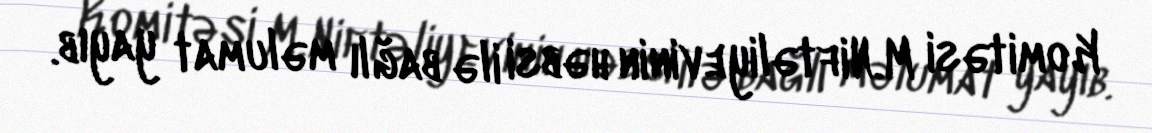
Komitəsi M.Niftəliyevinin həbsi ilə bağlı məlumat yayıb.